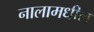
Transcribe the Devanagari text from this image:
नालामधील